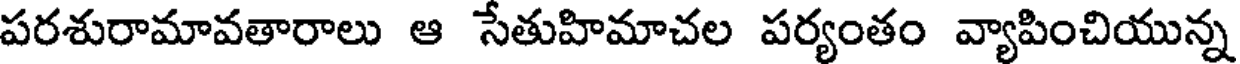
పరశురామావతారాలు ఆ సేతుహిమాచల పర్యంతం వ్యాపించియున్న